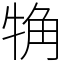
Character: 觕